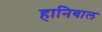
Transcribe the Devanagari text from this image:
हानिबाल